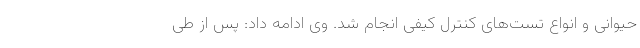
حیوانی و انواع تست‌های کنترل کیفی انجام شد. وی ادامه داد: پس از طی